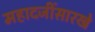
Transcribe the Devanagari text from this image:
महादजींसारखे